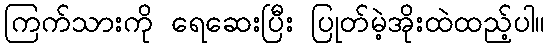
ကြက်သားကို ရေဆေးပြီး ပြုတ်မဲ့အိုးထဲထည့်ပါ။